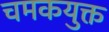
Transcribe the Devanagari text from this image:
चमकयुक्त